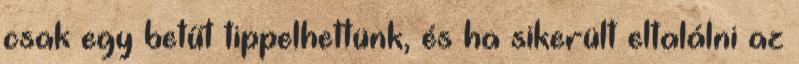
csak egy betűt tippelhettünk, és ha sikerült eltalálni az